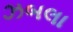
ઝબલા